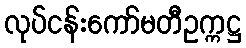
လုပ်ငန်းကော်မတီဥက္ကဋ္ဌ